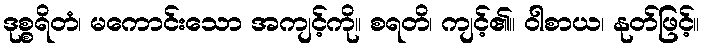
ဒုစ္စရိတံ၊ မကောင်းသော အကျင့်ကို။ စရတိ၊ ကျင့်၏။ ဝါစာယ၊ နုတ်ဖြင့်။